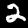
Digit: 2